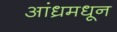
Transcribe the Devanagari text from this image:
आंध्रमधून